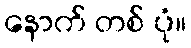
နောက် တစ် ပုံ။